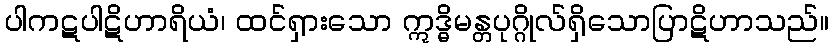
ပါကဋပါဋိဟာရိယံ၊ ထင်ရှားသော ဣဒ္ဓိမန္တပုဂ္ဂိုလ်ရှိသောပြာဋိဟာသည်။